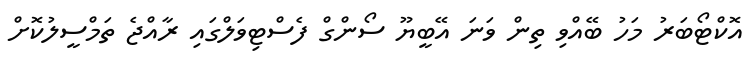
އޮކްޓޯބަރު މަހު ބޭއްވި ތިން ވަނަ އޭބީޔޫ ސޯންގް ފެސްޓިވަލްގައި ރާއްޖެ ތަމްސީލުކޮށް